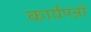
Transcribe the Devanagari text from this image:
कार्यपन्नों